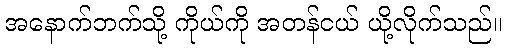
အနောက်ဘက်သို့ ကိုယ်ကို အတန်ငယ် ယို့လိုက်သည်။